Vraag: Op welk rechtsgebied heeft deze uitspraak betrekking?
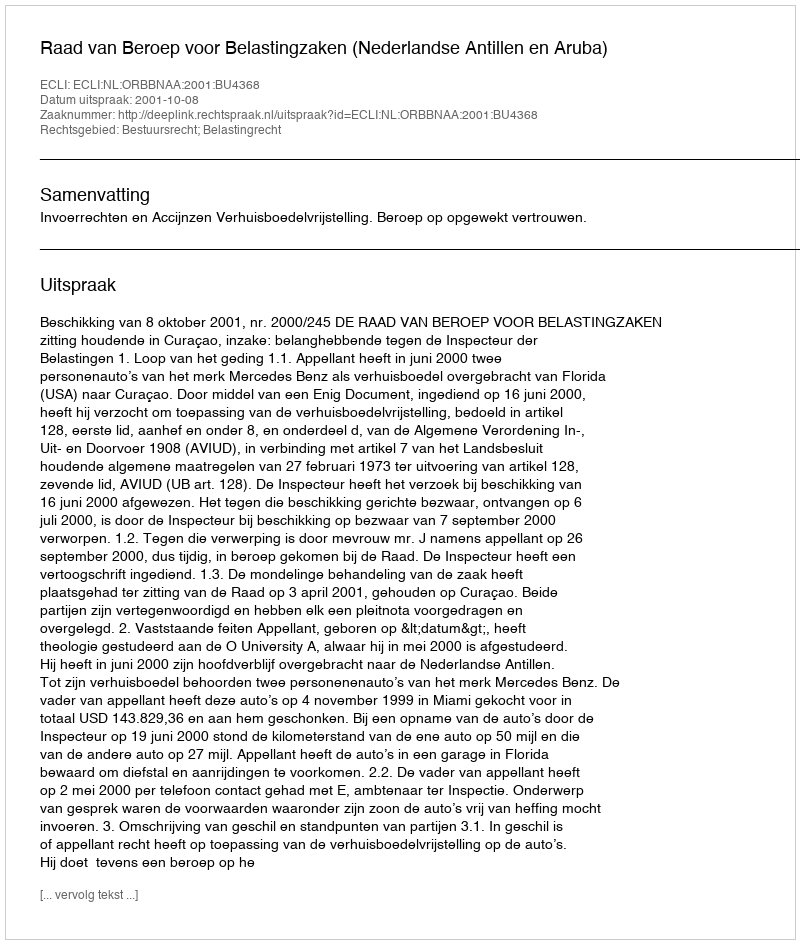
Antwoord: Bestuursrecht; Belastingrecht